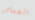
الشعائر